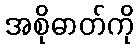
အစိုဓာတ်ကို